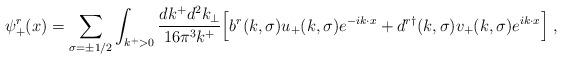
LaTeX: \begin{align*}\psi_+^r(x)=\sum_{\sigma=\pm 1/2} \int_{k^+>0}{dk^+ d^2k_\perp \over 16\pi^3 k^+}\Bigl[b^r(k,\sigma) u_+(k,\sigma) e^{-ik\cdot x} +d^{r\dagger}(k,\sigma) v_+(k,\sigma)e^{ik\cdot x}\Bigr] \;,\end{align*}